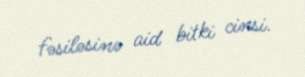
fəsiləsinə aid bitki cinsi.